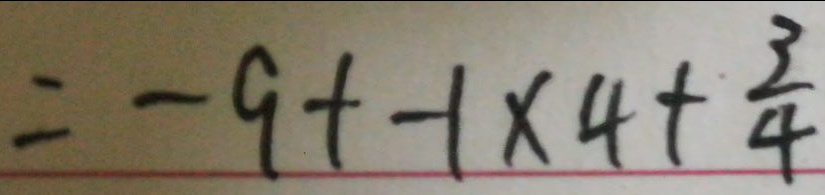
= - 9 + - 1 \times 4 + \frac { 3 } { 4 }